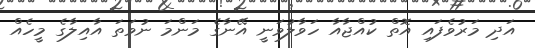
އަދި މަރުވެފައި އޮތް ކުއްޖާއާ ހަވާލުވަނީ އޭނާގެ މަންމަ ނުވަތަ އާއިލާގެ މީހެއް